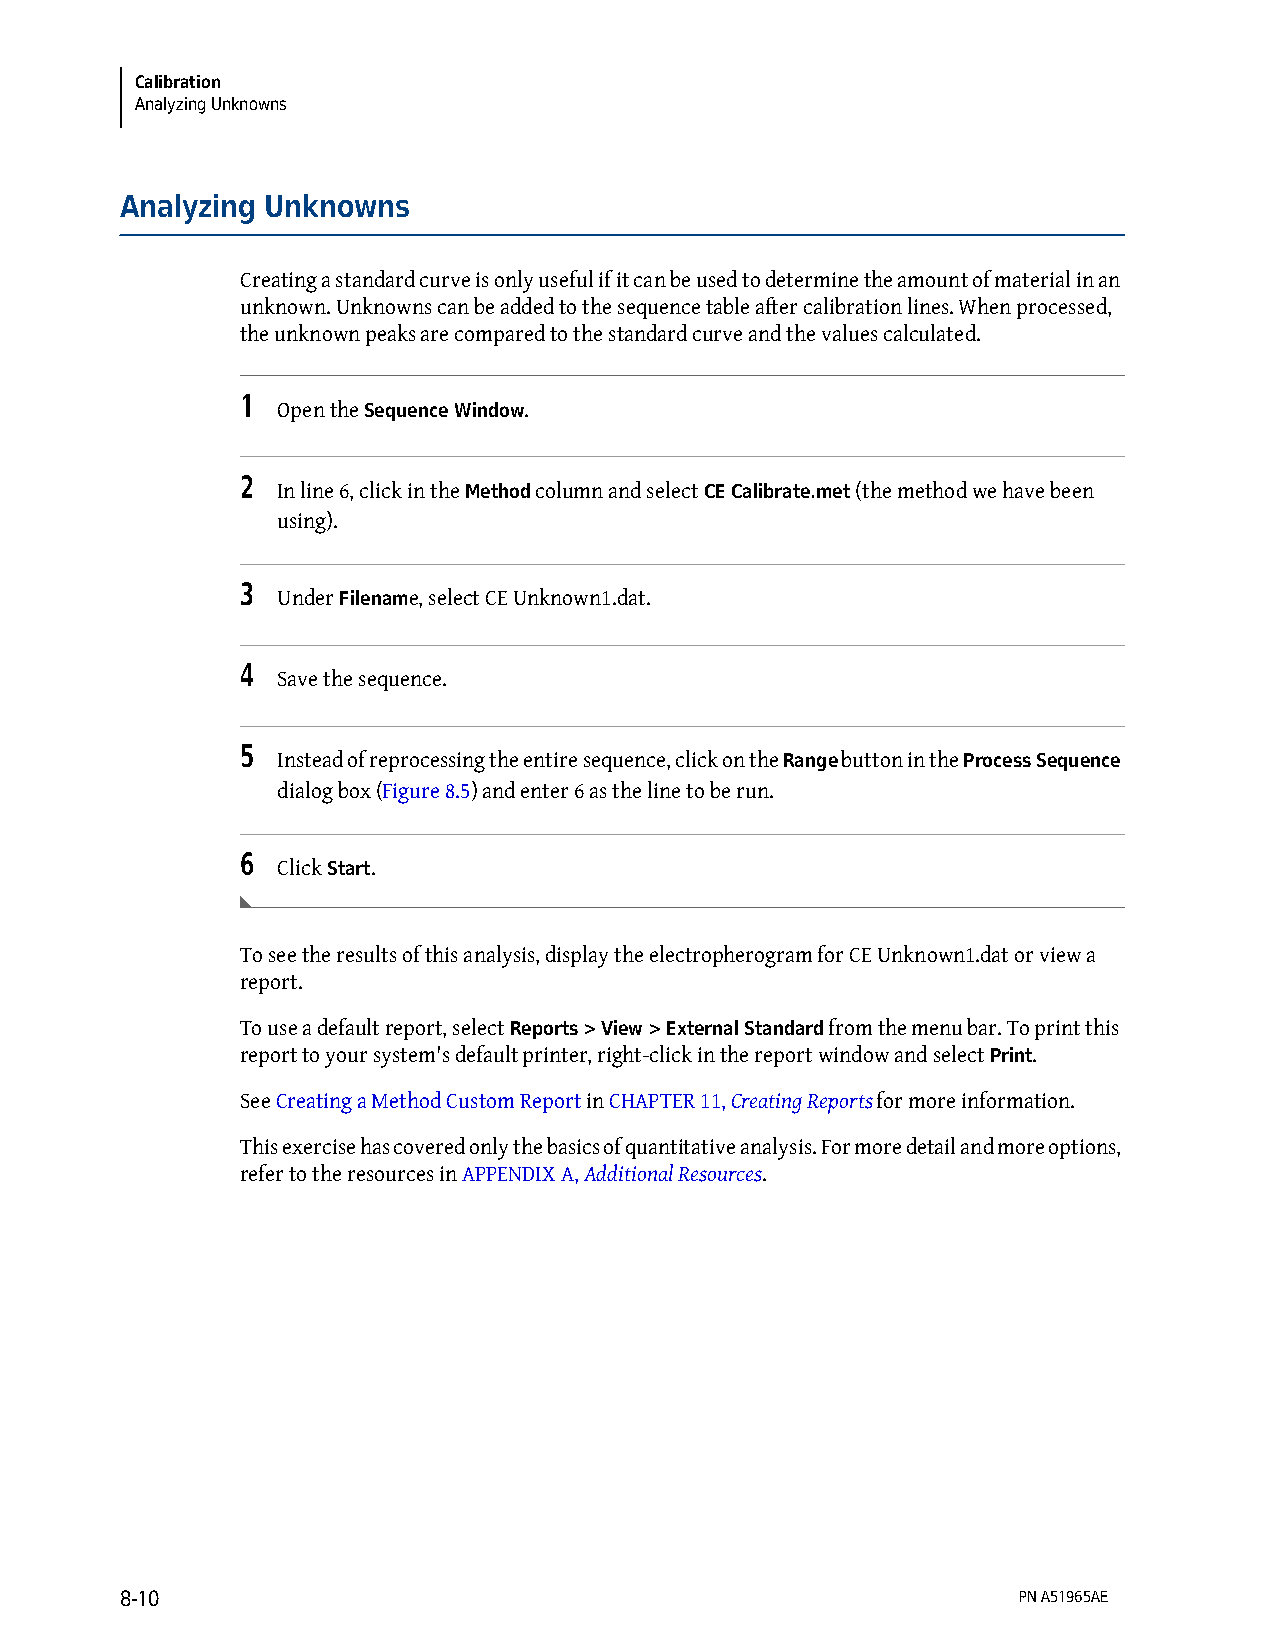
Calibration
 Analyzing Unknowns
 Analyzing Unknowns
 Creating a standard curve is only useful if it can be used to determine the amount of material in an
 unknown. Unknowns can be added to the sequence table after calibration lines. When processed,
 the unknown peaks are compared to the standard curve and the values calculated.
 1
 Open the Sequence Window.
 2
 In line 6, click in the Method column and select CE Calibrate.met (the method we have been
 using).
 3
 Under Filename, select CE Unknown1.dat.
 4
 Save the sequence.
 5
 Instead of reprocessing the entire sequence, click on the Range button in the Process Sequence
 dialog box (Figure 8.5) and enter 6 as the line to be run.
 6
 Click Start.
 To see the results of this analysis, display the electropherogram for CE Unknown1.dat or view a
 report.
 To use a default report, select Reports > View > External Standard from the menu bar. To print this
 report to your system's default printer, right-click in the report window and select Print.
 See Creating a Method Custom Report in CHAPTER 11, Creating Reports for more information.
 This exercise has covered only the basics of quantitative analysis. For more detail and more options,
 refer to the resources in APPENDIX A, Additional Resources.
 8-10                                                       PN A51965AE